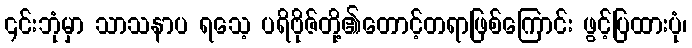
၎င်းဘုံမှာ သာသနာပ ရသေ့ ပရိဗိုဇ်တို့၏တောင့်တရာဖြစ်ကြောင်း ဖွင့်ပြထားပုံ၊